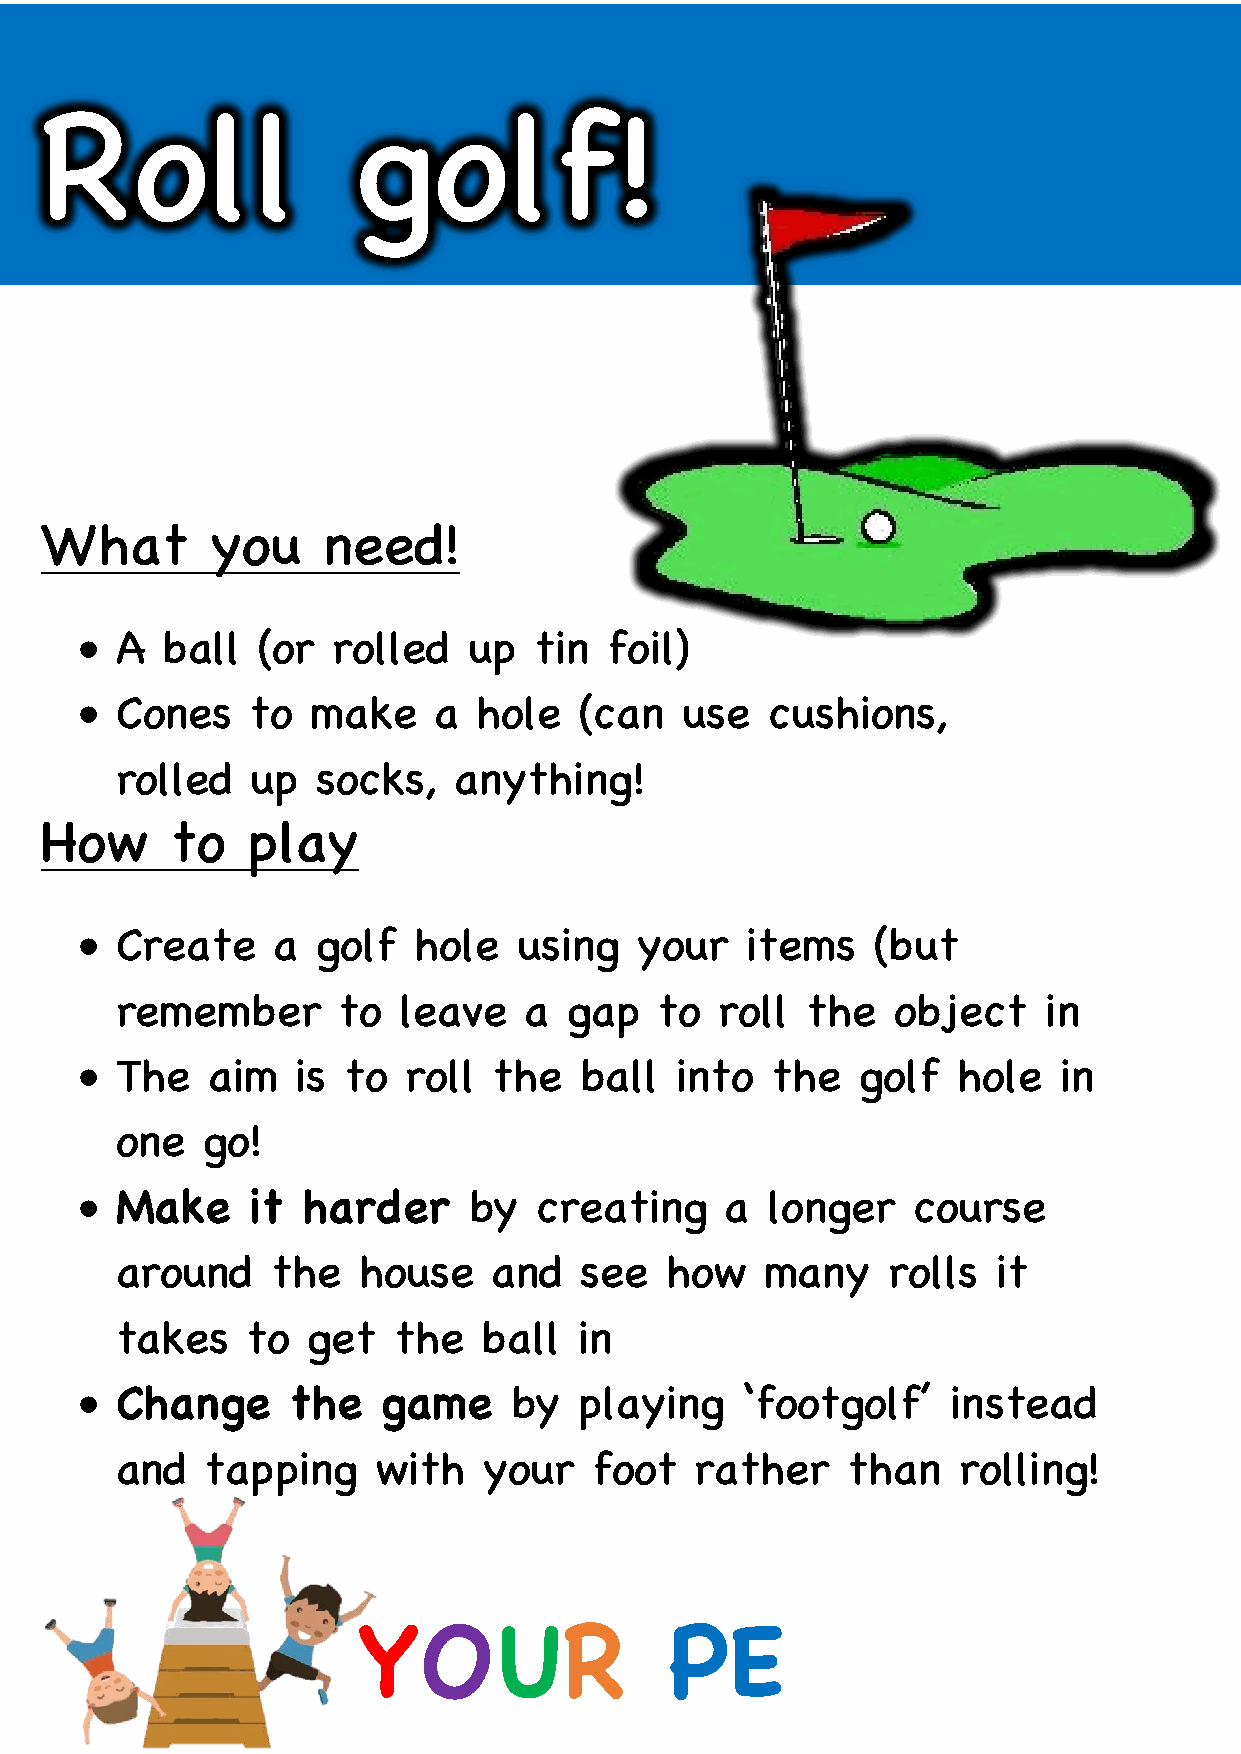
Roll                golf!
 What       you    need!
 •  A  ball  (or  rolled   up  tin  foil)
 •  Cones    to  make    a  hole  (can   use   cushions,
 rolled   up  socks,   anything!
 How     to   play
 •  Create    a  golf  hole   using   your   items    (but
 remember      to  leave    a  gap   to  roll the   object    in
 •  The   aim   is to  roll  the  ball   into  the   golf  hole   in
 one  go!
 •  Make     it harder     by  creating     a  longer   course
 around    the   house    and  see   how    many    rolls  it
 takes   to  get   the   ball  in
 •  Change     the   game     by  playing    ‘footgolf’    instead
 and   tapping    with   your   foot   rather    than   rolling!
 YOUR                PE